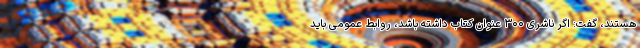
هستند، گفت: اگر ناشری ۳۰۰ عنوان کتاب داشته باشد، روابط عمومی باید